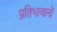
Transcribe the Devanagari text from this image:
प्रतिभावानों